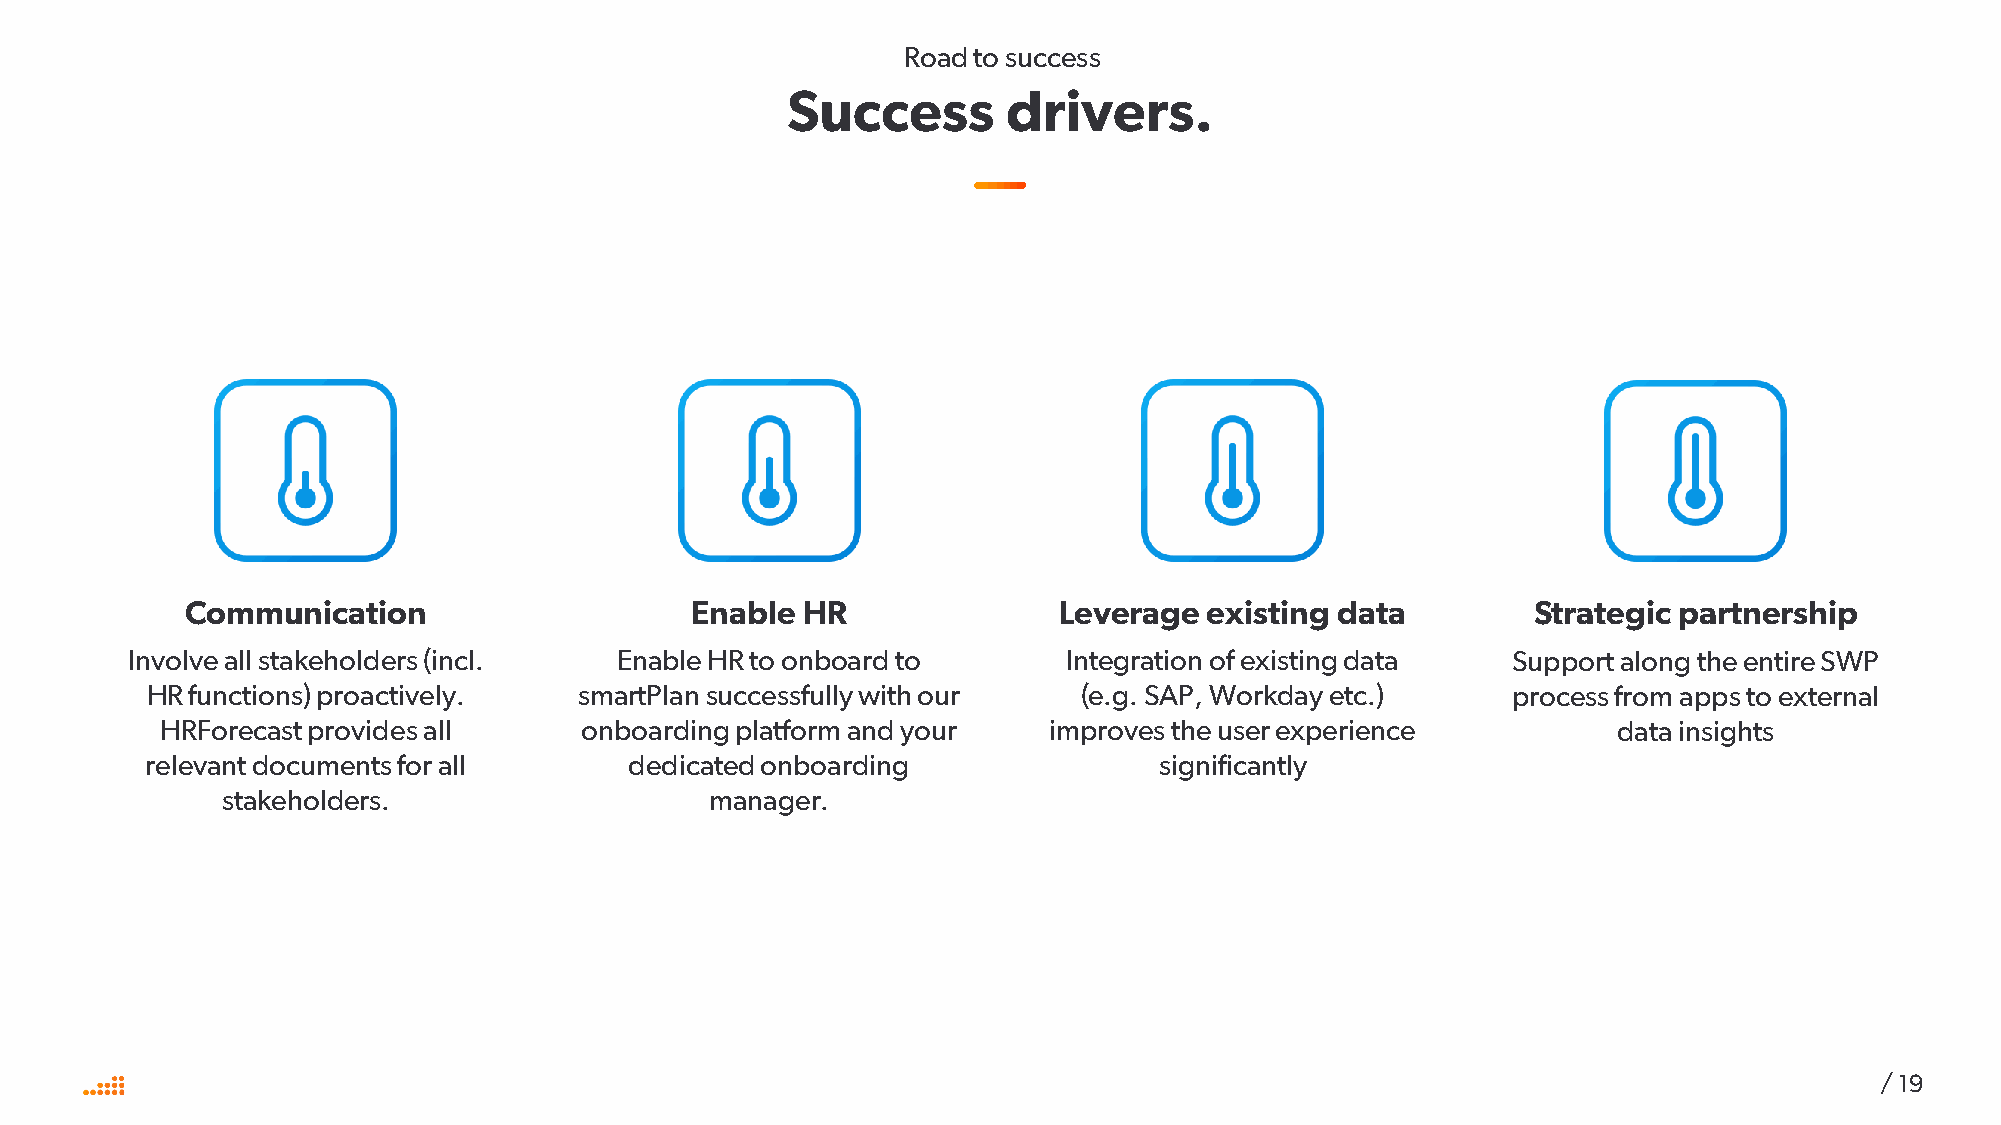
Road to success
 Success        drivers.
 Communication                     Enable HR               Leverage  existing data         Strategic partnership
 Involve all stakeholders (incl.  Enable HR to onboard to       Integration of existing data Support along the entire SWP
 HR functions) proactively.  smartPlansuccessfully with our    (e.g. SAP, Workday etc.)    process from apps to external
 HRForecast provides all    onboarding platform and your   improves the user experience          data insights
 relevant documents for all      dedicated onboarding               significantly
 stakeholders.                   manager.
 / 19